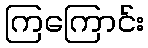
ကြကြောင်း